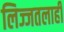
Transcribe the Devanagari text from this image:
लिज्जतलाही